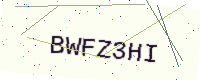
Text: BWFZ3HI